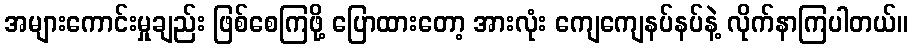
အများကောင်းမှုချည်း ဖြစ်စေကြဖို့ ပြောထားတော့ အားလုံး ကျေကျေနပ်နပ်နဲ့ လိုက်နာကြပါတယ်။